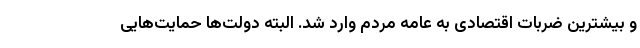
و بیشترین ضربات اقتصادی به عامه مردم وارد شد. البته دولت‌ها حمایت‌هایی